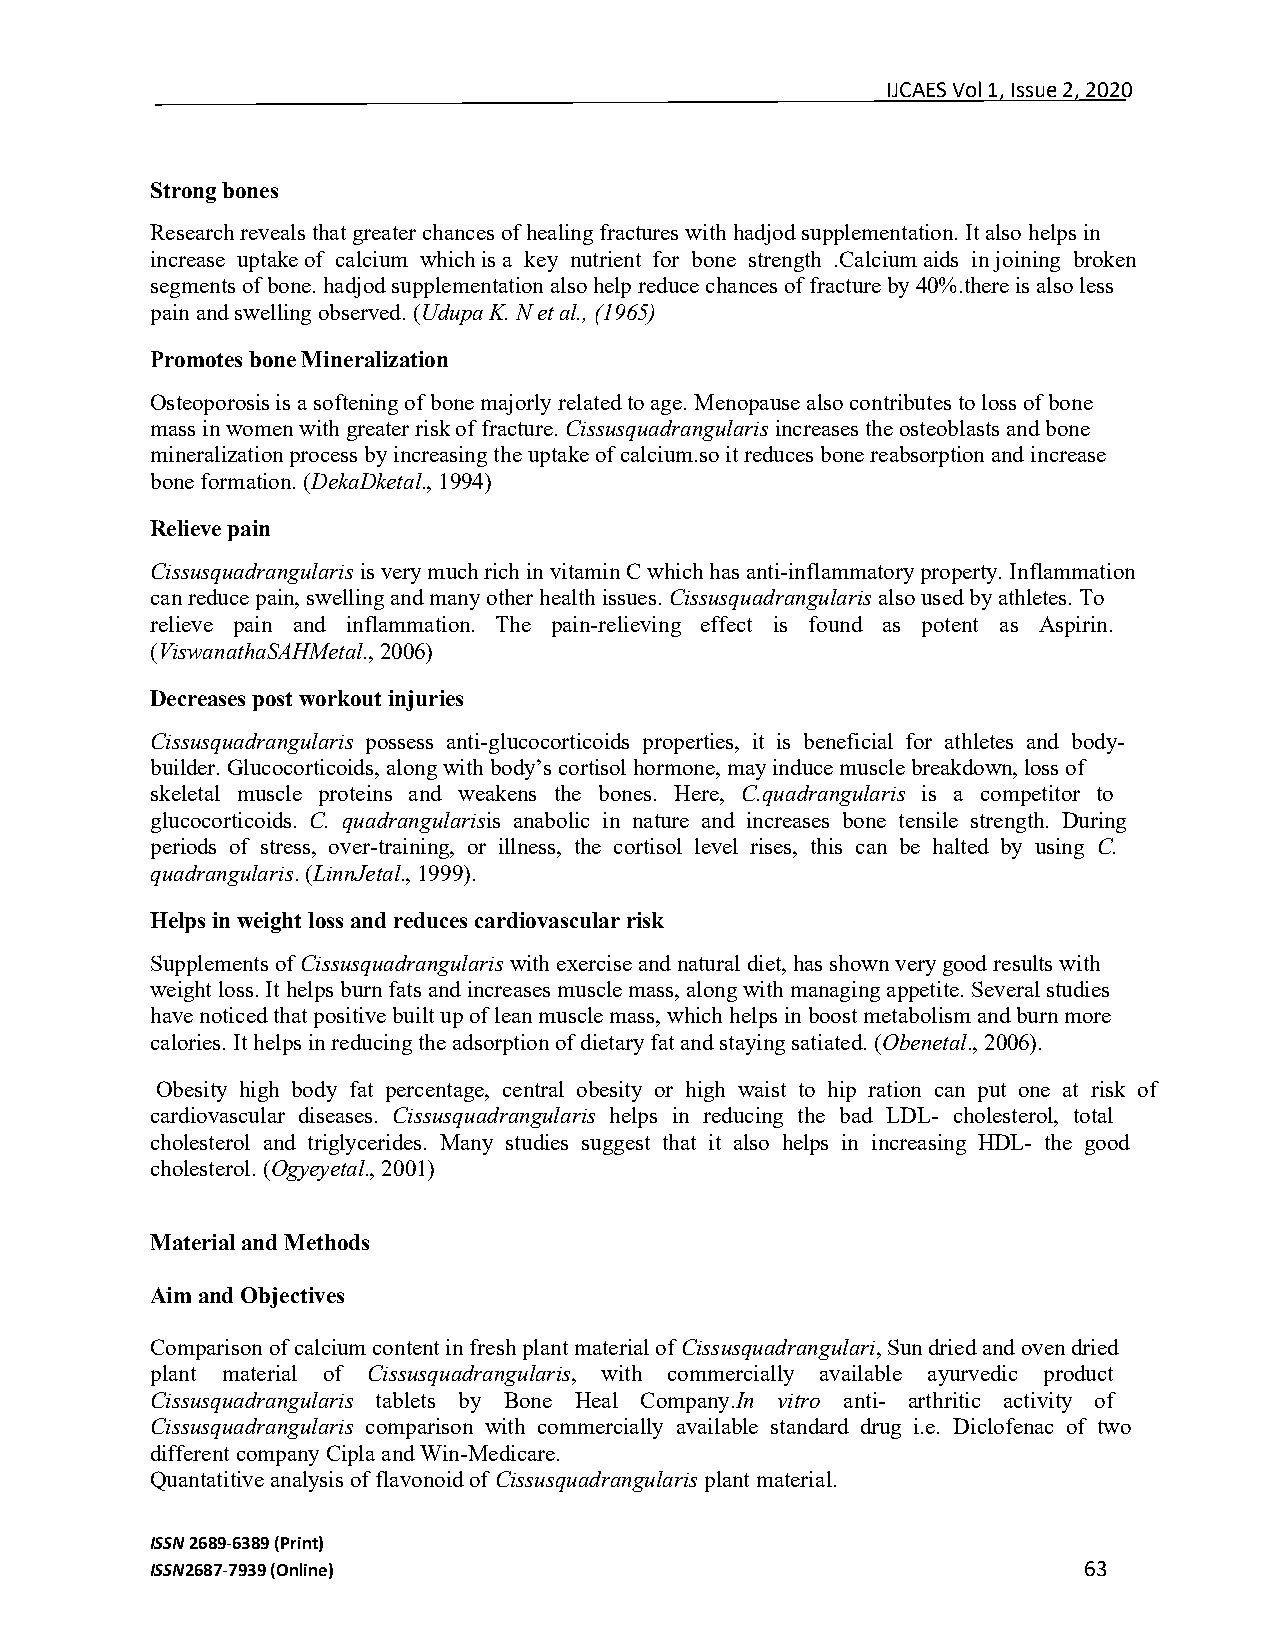
IJCAES Vol 1, Issue 2, 2020
 Strong bones
 Research reveals that greater chances of healing fractures with hadjod supplementation. It also helps in
 increase uptake of calcium which is a key nutrient for bone strength .Calcium aids in joining broken
 segments of bone. hadjod supplementation also help reduce chances of fracture by 40%.there is also less
 pain and swelling observed. (Udupa K. N et al., (1965)
 Promotes bone Mineralization
 Osteoporosis is a softening of bone majorly related to age. Menopause also contributes to loss of bone
 mass in women with greater risk of fracture. Cissusquadrangularis increases the osteoblasts and bone
 mineralization process by increasing the uptake of calcium.so it reduces bone reabsorption and increase
 bone formation. (DekaDketal., 1994)
 Relieve pain
 Cissusquadrangularis is very much rich in vitamin C which has anti-inflammatory property. Inflammation
 can reduce pain, swelling and many other health issues. Cissusquadrangularis also used by athletes. To
 relieve pain and inflammation. The pain-relieving effect is found as potent as Aspirin.
 (ViswanathaSAHMetal., 2006)
 Decreases post workout injuries
 Cissusquadrangularis possess anti-glucocorticoids properties, it is beneficial for athletes and body-
 builder. Glucocorticoids, along with body’s cortisol hormone, may induce muscle breakdown, loss of
 skeletal muscle proteins and weakens the bones. Here, C.quadrangularis is a competitor to
 glucocorticoids. C. quadrangularisis anabolic in nature and increases bone tensile strength. During
 periods of stress, over-training, or illness, the cortisol level rises, this can be halted by using C.
 quadrangularis. (LinnJetal., 1999).
 Helps in weight loss and reduces cardiovascular risk
 Supplements of Cissusquadrangularis with exercise and natural diet, has shown very good results with
 weight loss. It helps burn fats and increases muscle mass, along with managing appetite. Several studies
 have noticed that positive built up of lean muscle mass, which helps in boost metabolism and burn more
 calories. It helps in reducing the adsorption of dietary fat and staying satiated. (Obenetal., 2006).
 Obesity high body fat percentage, central obesity or high waist to hip ration can put one at risk of
 cardiovascular diseases. Cissusquadrangularis helps in reducing the bad LDL- cholesterol, total
 cholesterol and triglycerides. Many studies suggest that it also helps in increasing HDL- the good
 cholesterol. (Ogyeyetal., 2001)
 Material and Methods
 Aim and Objectives
 Comparison of calcium content in fresh plant material of Cissusquadrangulari, Sun dried and oven dried
 plant material of Cissusquadrangularis, with commercially available ayurvedic product
 Cissusquadrangularis tablets by Bone Heal Company.In vitro anti- arthritic activity of
 Cissusquadrangularis comparison with commercially available standard drug i.e. Diclofenac of two
 different company Cipla and Win-Medicare.
 Quantatitive analysis of flavonoid of Cissusquadrangularis plant material.
 ISSN 2689-6389 (Print)
 ISSN2687-7939 (Online)                                        63